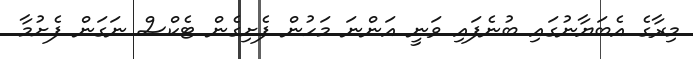
މިރާގެ އެބަޔާނުގައި ބުނެފައި ވަނީ އަންނަ މަހުން ފެށިގެން ޓެކްސް ނަގަން ފެށުމާ